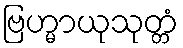
ဗြဟ္မာယုသုတ္တံ